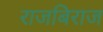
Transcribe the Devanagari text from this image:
राजबिराज